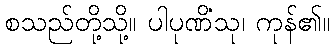
စသည်တို့သို့။ ပါပုဏိံသု၊ ကုန်၏။